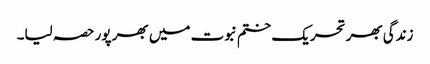
زندگی بھر تحریک ختم نبوت میں بھر پور حصہ لیا۔